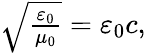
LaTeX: \begin{array}{r}{\sqrt{\frac{\varepsilon_{0}}{\mu_{0}}}=\varepsilon_{0}c,}\end{array}